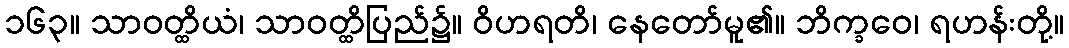
၁၆၃။ သာဝတ္ထိယံ၊ သာဝတ္ထိပြည်၌။ ဝိဟရတိ၊ နေတော်မူ၏။ ဘိက္ခဝေ၊ ရဟန်းတို့။